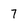
Character: 7